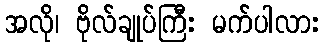
အလို၊ ဗိုလ်ချုပ်ကြီး မက်ပါလား